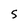
Character: 5